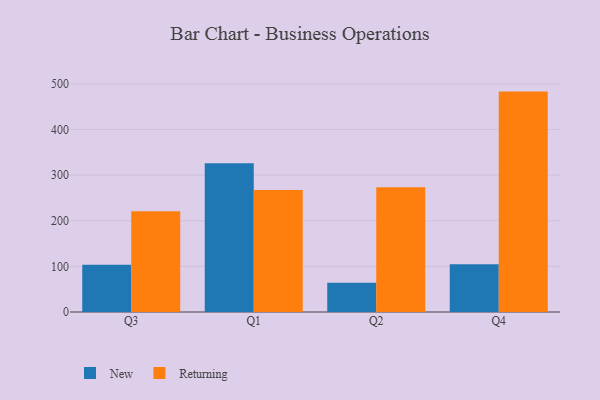
{"axis": {"x": "Quarter", "y": "Operating Costs (USD K)"}, "legend": ["New", "Returning"], "data": [{"x": "Q3", "y": 103.7, "type": "New"}, {"x": "Q3", "y": 220.6, "type": "Returning"}, {"x": "Q1", "y": 325.8, "type": "New"}, {"x": "Q1", "y": 267.5, "type": "Returning"}, {"x": "Q2", "y": 64.3, "type": "New"}, {"x": "Q2", "y": 273.4, "type": "Returning"}, {"x": "Q4", "y": 104.8, "type": "New"}, {"x": "Q4", "y": 483.1, "type": "Returning"}]}